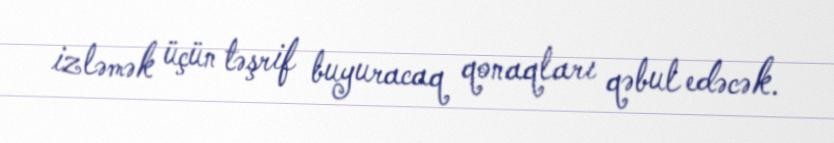
izləmək üçün təşrif buyuracaq qonaqları qəbul edəcək.